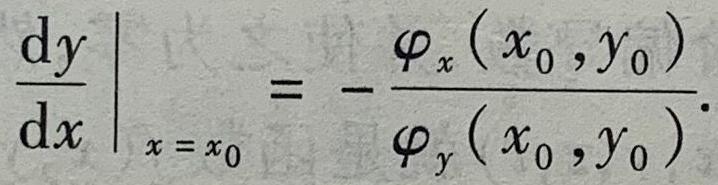
$\left.\frac{\mathrm{d}y}{\mathrm{d}x}\right|_{x = x_0}=-\frac{\varphi_x\left(x_0,y_0\right)}{\varphi_y\left(x_0,y_0\right)}.$